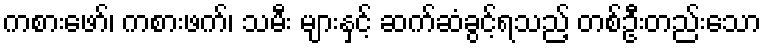
ကစားဖော်၊ ကစားဖက်၊ သမီး များနှင့် ဆက်ဆံခွင့်ရသည့် တစ်ဦးတည်းသော